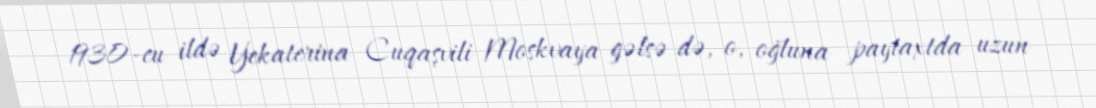
1930-cu ildə Yekaterina Cuqaşvili Moskvaya gəlsə də, o, oğluna paytaxtda uzun